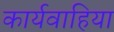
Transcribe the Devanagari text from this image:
कार्यवाहिया